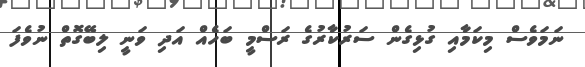
ނަމަވެސް މިކަމާއި ގުޅިގެން ސަރުކާރުގެ ރަސްމީ ބަހެއް އަދި ވަނީ ލިބޭގޮތް ނުވެފަ